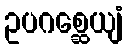
ဥပဂစ္ဆေယျံ